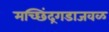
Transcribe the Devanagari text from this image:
मच्छिंद्रगडाजवळ